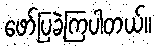
ဖော်ပြခဲ့ကြပါတယ်။